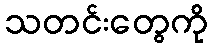
သတင်းတွေကို